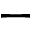
-